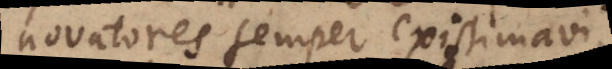
novatores semper existimavi